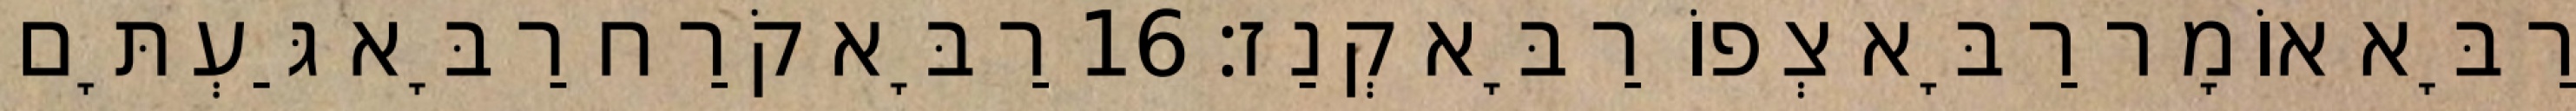
רַבָּא אוֹמָר רַבָּא צְפוֹ רַבָּא קְנַז׃ 16 רַבָּא קֹרַח רַבָּא גַּעְתָּם